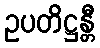
ဥပတိဋ္ဌန္တီ